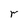
Character: r